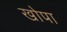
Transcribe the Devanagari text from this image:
खोपा